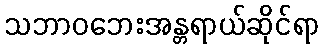
သဘာဝဘေးအန္တရာယ်ဆိုင်ရာ